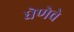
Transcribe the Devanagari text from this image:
घेणेचे